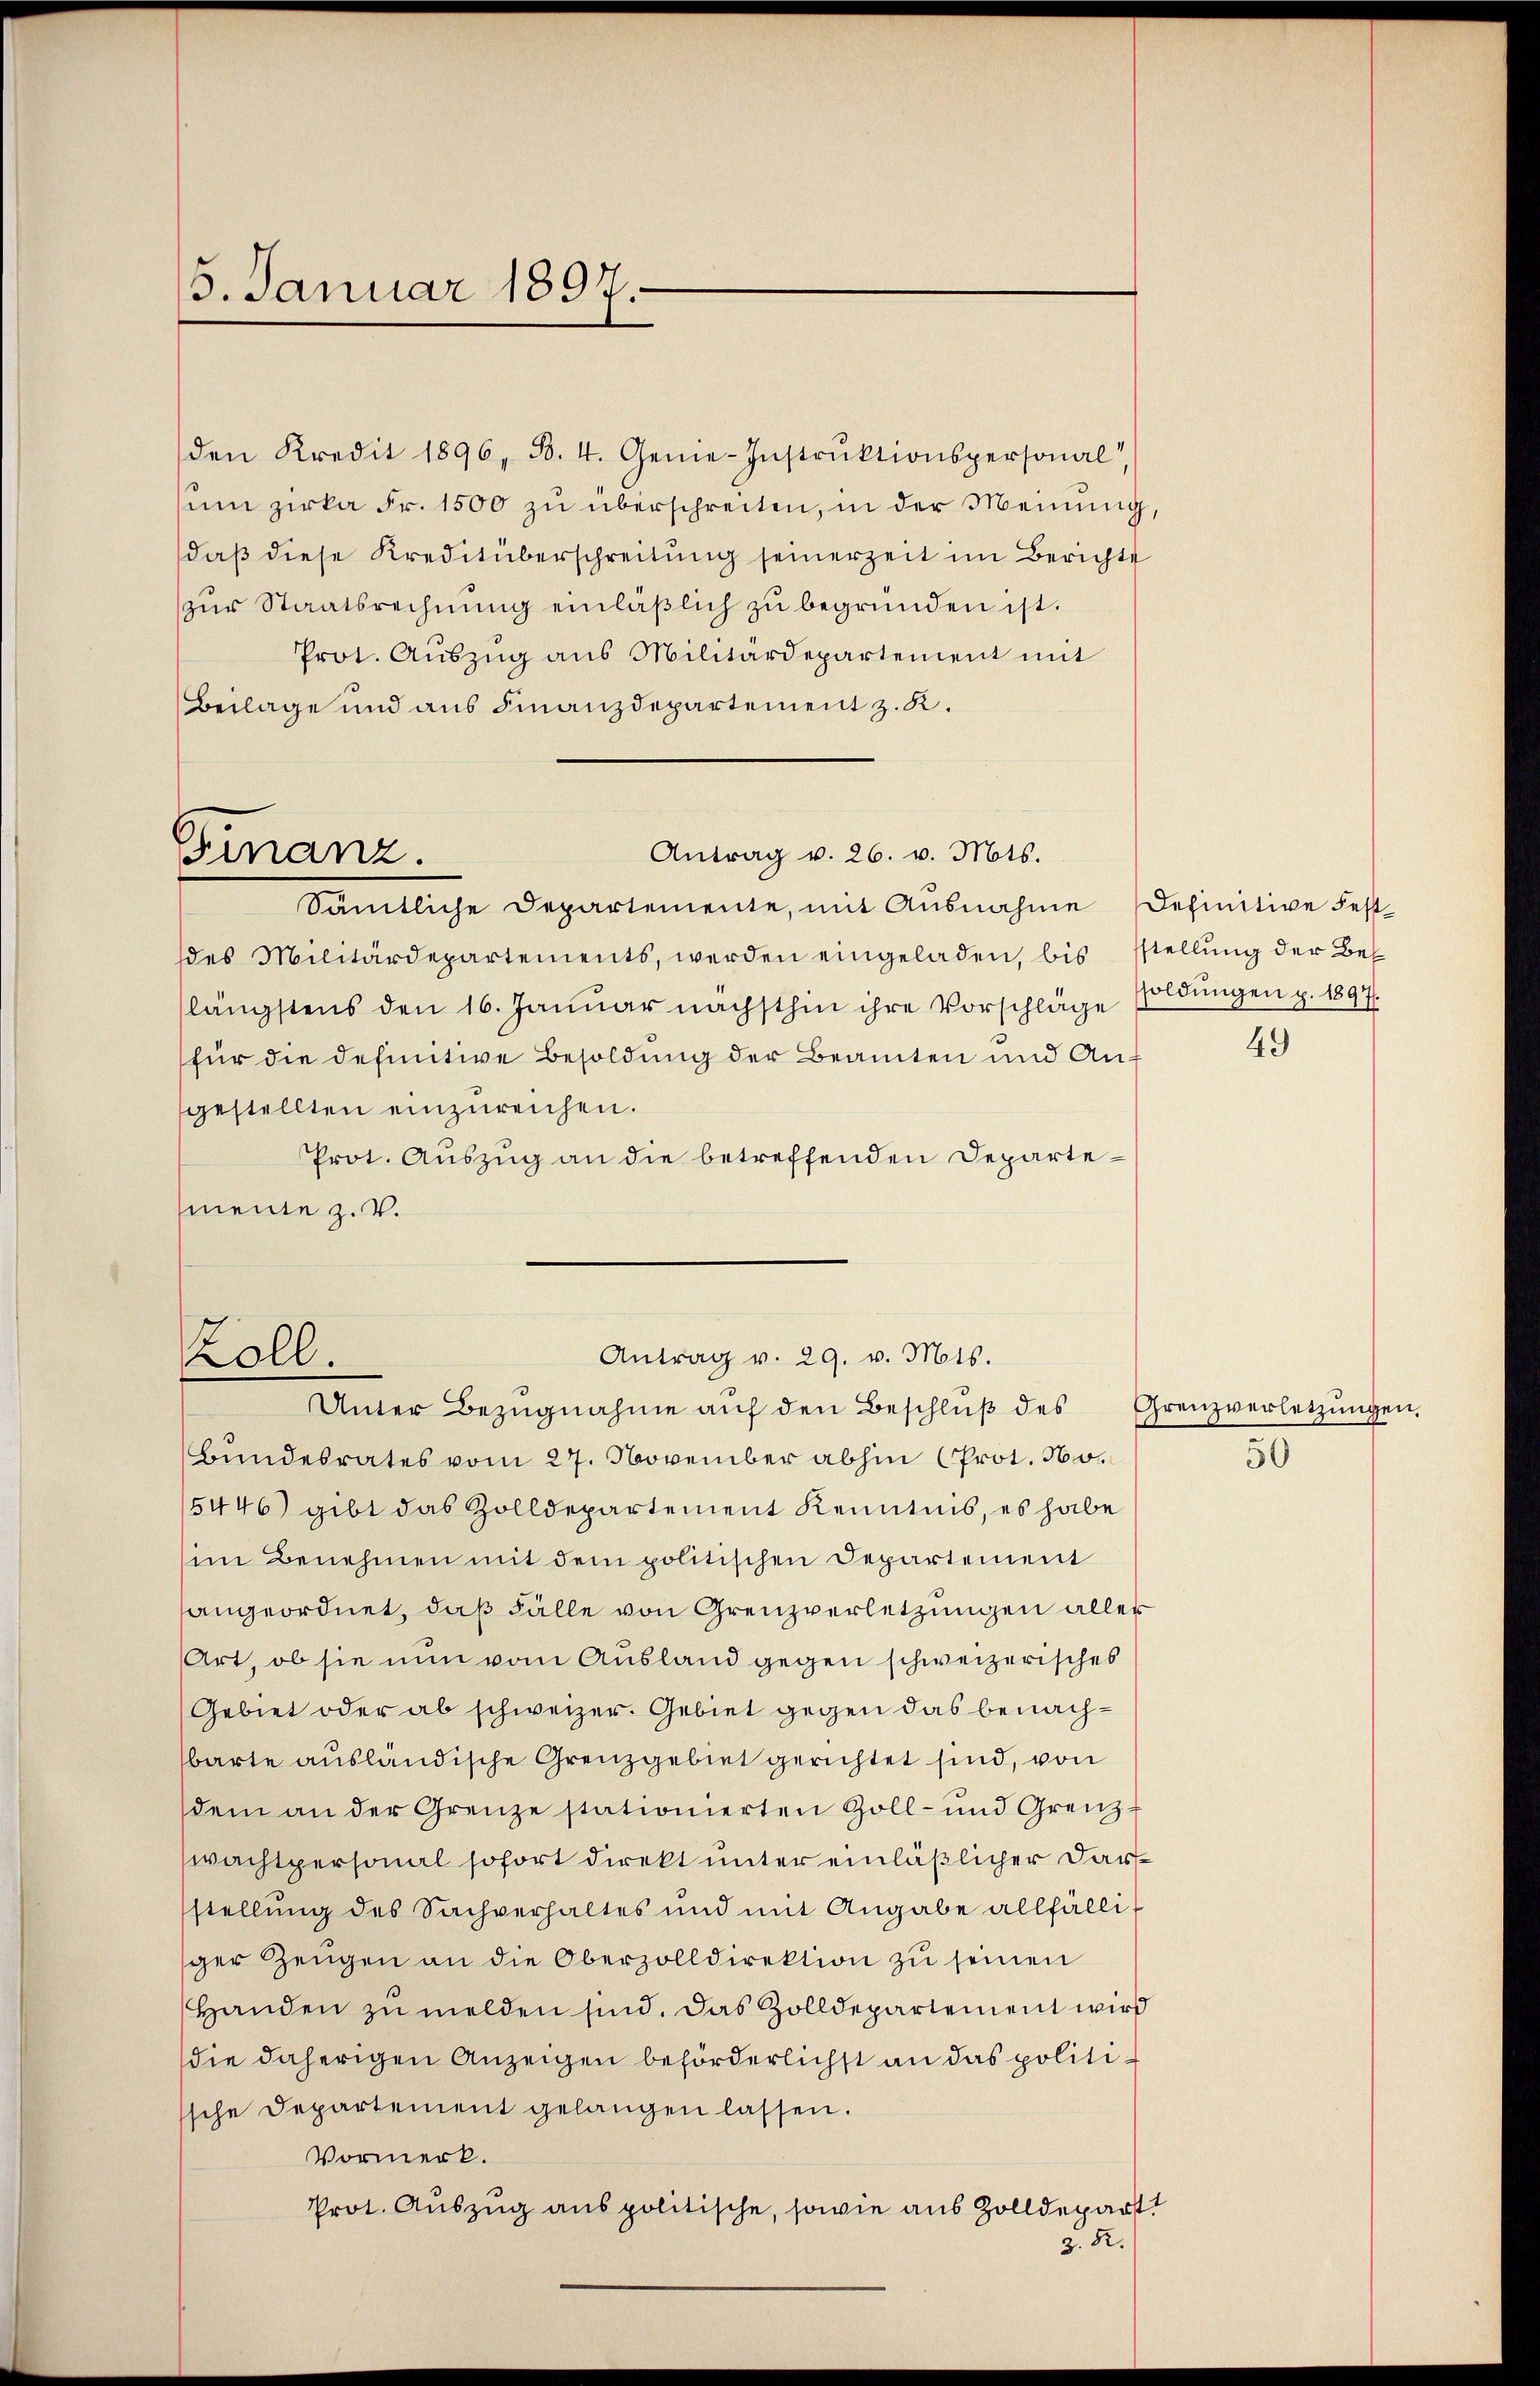
5. Januar 1897.

den Kredit 1896, B. 4. Genie-Instrŭktionspersonal,
um zirka Fr. 1500 zu überschreiten, in der Meinung,
daß diese Kreditüberschreitung seinerzeit im Berichts
zur Staatsrechnung einläßlich zu begründen ist.
Prot. Auszug aus Militärdepartement mit
Beilage und aus Finanzdepartement z. K.

Finanz.

Antrag v. 26. v. Mts.
Sämtliche Departemente, mit Ausnahme definitive Fest-
des Militärdepartements, werden eingeladen, bis stellung der Belängstens den 16. Januar nächsthin ihre Vorschläge
für die definitive Besoldung der Beamten und Auf
gestellten einzureichen.
Prot. Auszug an die betreffenden Departemeine z. V.

Antrag v. 29. v. Mts.
Koll.
Unter Bezugnahme auf den Beschluß des

Bundesrates vom 27. November abhin (Prot. No.
5446) gibt das Zolldepartement Kenntnis, es habe
im Benehmen mit dem politischen Departement
angeordnet, daß Fälle von Grenzverletzungen aller
Art, ob sie nun vom Ausland gegen schweizerisches
Gebiet oder ab schweizer. Gebiet gegen das benachbarte ausländische Grenzgebiet gerichtet sind, von
dem an der Grenze stationierten Zoll- und Grenz-
wächtpersonal sofort direkt unter einläßlicher Darstellung des Sachverhaltes und mit Angabe allfälliger Zeugen an die Oberzolldirektion zu seinen
Handen zu melden sind. Das Zolldepartement wird
die daherigen Anzeigen beförderlichst an das politissche Departement gelangen lassen.
Vormerk.
Prot. Auszug aus politische, sowie aus Zolldepart
z. R.

soldungen p. 1897.

49

Grenzverletzungen,
50